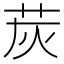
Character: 𦭹